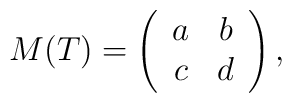
M(T) = \left( \begin{array}{cc} a & b \\ c& d\end{array} \right),